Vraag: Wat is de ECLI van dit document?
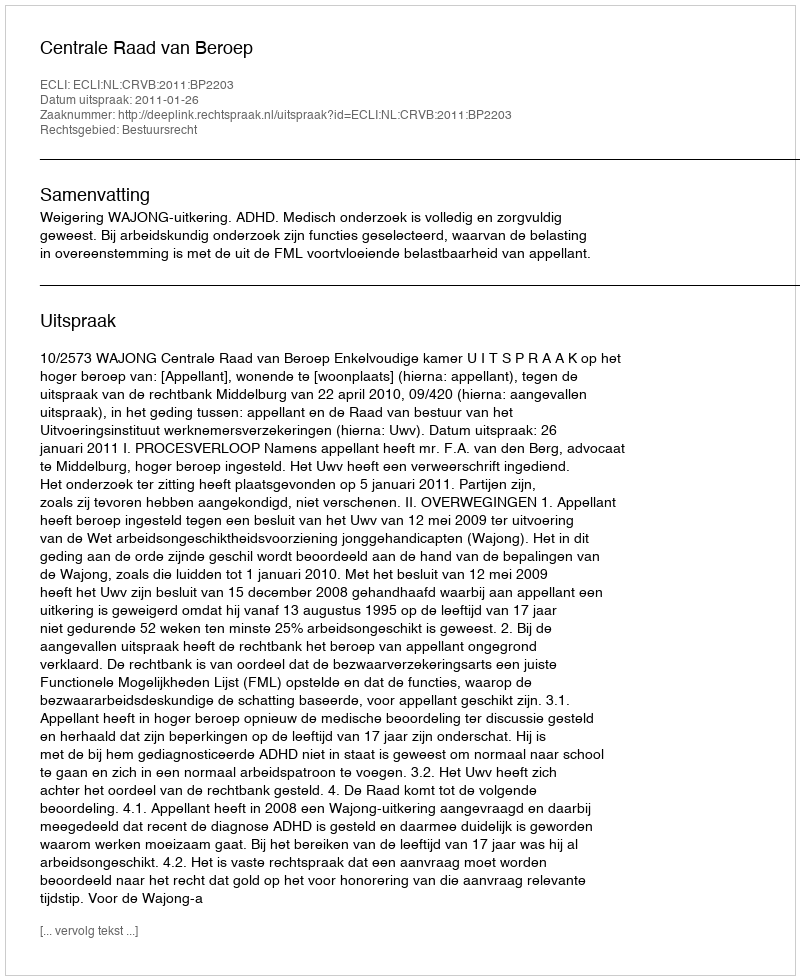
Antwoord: ECLI:NL:CRVB:2011:BP2203